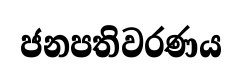
ජනපතිවරණය